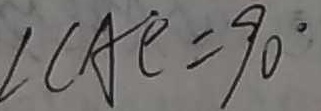
\angle C A E = 9 0 ^ { \circ }